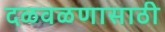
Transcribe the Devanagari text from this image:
दळवळणासाठी